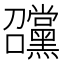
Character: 𡆊